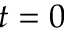
t = 0